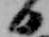
日